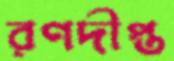
রণদীপ্ত